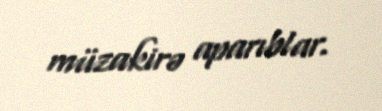
müzakirə aparıblar.